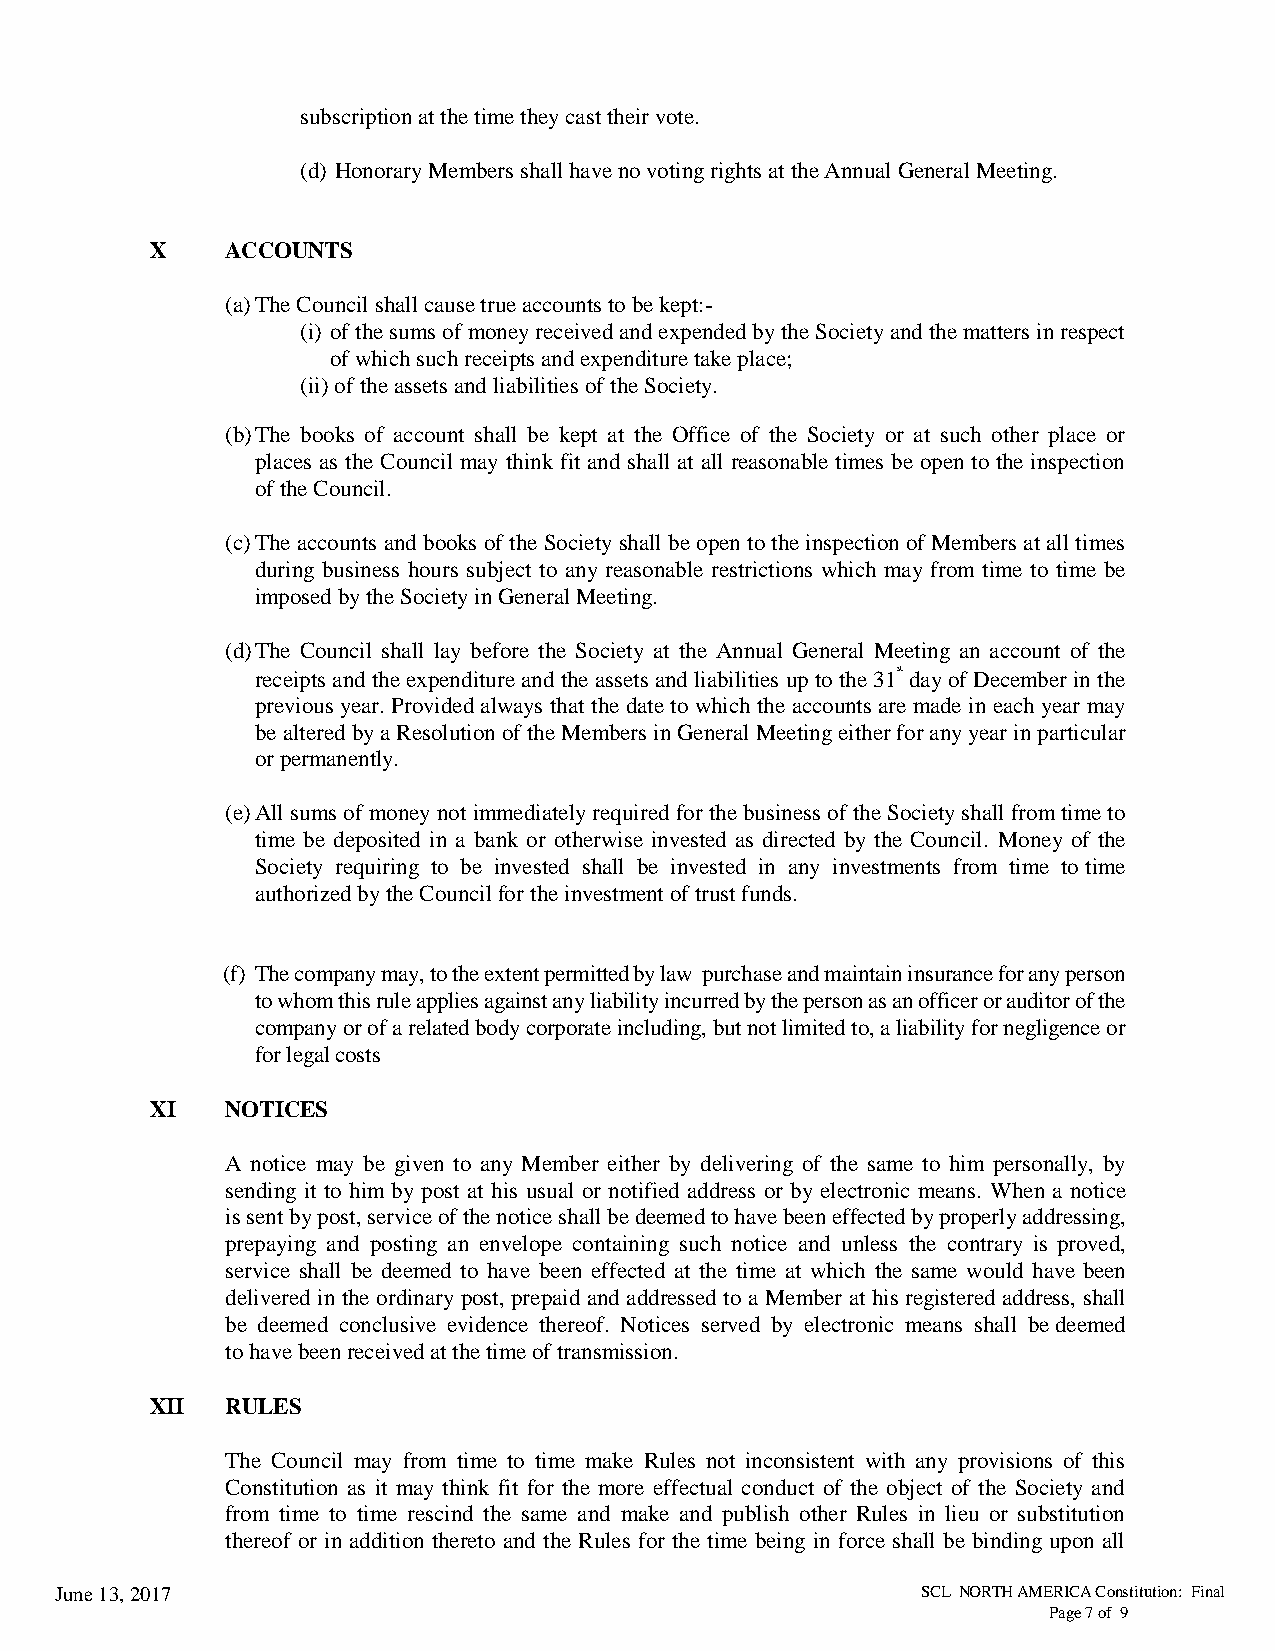
subscription at the time they cast their vote.
 (d) Honorary Members shall have no voting rights at the Annual General Meeting.
 X    ACCOUNTS
 (a) The Council shall cause true accounts to be kept:-
 (i) of the sums of money received and expended by the Society and the matters in respect
 of which such receipts and expenditure take place;
 (ii) of the assets and liabilities of the Society.
 (b) The books of account shall be kept at the Office of the Society or at such other place or
 places as the Council may think fit and shall at all reasonable times be open to the inspection
 of the Council.
 (c) The accounts and books of the Society shall be open to the inspection of Members at all times
 during business hours subject to any reasonable restrictions which may from time to time be
 imposed by the Society in General Meeting.
 (d) The Council shall lay before the Society at the Annual General Meeting an account of the
 receipts and the expenditure and the assets and liabilities up to the 31st day of December in the
 previous year. Provided always that the date to which the accounts are made in each year may
 be altered by a Resolution of the Members in General Meeting either for any year in particular
 or permanently.
 (e) All sums of money not immediately required for the business of the Society shall from time to
 time be deposited in a bank or otherwise invested as directed by the Council. Money of the
 Society requiring to be invested shall be invested in any investments from time to time
 authorized by the Council for the investment of trust funds.
 (f) The company may, to the extent permitted by law purchase and maintain insurance for any person
 to whom this rule applies against any liability incurred by the person as an officer or auditor of the
 company or of a related body corporate including, but not limited to, a liability for negligence or
 for legal costs
 XI   NOTICES
 A notice may be given to any Member either by delivering of the same to him personally, by
 sending it to him by post at his usual or notified address or by electronic means. When a notice
 is sent by post, service of the notice shall be deemed to have been effected by properly addressing,
 prepaying and posting an envelope containing such notice and unless the contrary is proved,
 service shall be deemed to have been effected at the time at which the same would have been
 delivered in the ordinary post, prepaid and addressed to a Member at his registered address, shall
 be deemed conclusive evidence thereof. Notices served by electronic means shall be deemed
 to have been received at the time of transmission.
 XII  RULES
 The Council may from time to time make Rules not inconsistent with any provisions of this
 Constitution as it may think fit for the more effectual conduct of the object of the Society and
 from time to time rescind the same and make and publish other Rules in lieu or substitution
 thereof or in addition thereto and the Rules for the time being in force shall be binding upon all
 June 13, 2017                                            SCL NORTH AMERICA Constitution: Final
 Page 7 of 9